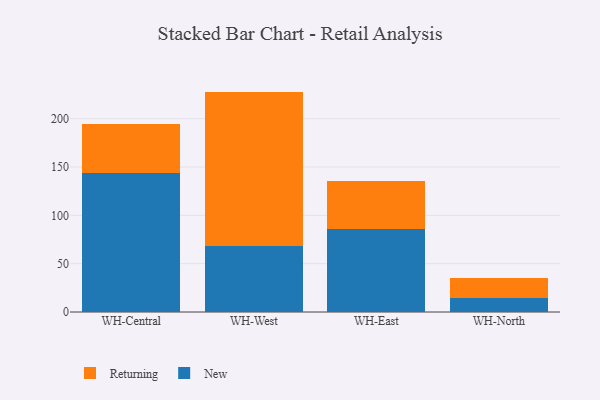
{"axis": {"x": "Warehouse", "y": "Population (Million)"}, "legend": ["New", "Returning"], "data": [{"x": "WH-Central", "y": 143.3, "type": "New"}, {"x": "WH-Central", "y": 51.6, "type": "Returning"}, {"x": "WH-West", "y": 68.2, "type": "New"}, {"x": "WH-West", "y": 159.8, "type": "Returning"}, {"x": "WH-East", "y": 86.1, "type": "New"}, {"x": "WH-East", "y": 49.5, "type": "Returning"}, {"x": "WH-North", "y": 14.7, "type": "New"}, {"x": "WH-North", "y": 20.4, "type": "Returning"}]}